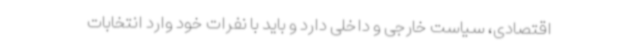
اقتصادی، سیاست خارجی و داخلی دارد و باید با نفرات خود وارد انتخابات